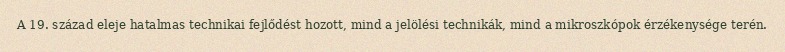
A 19. század eleje hatalmas technikai fejlődést hozott, mind a jelölési technikák, mind a mikroszkópok érzékenysége terén.